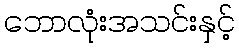
ဘောလုံးအသင်းနှင့်